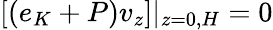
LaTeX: [(e_{K}+P)v_{z}]|_{z=0,H}=0